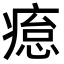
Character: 𤸊